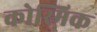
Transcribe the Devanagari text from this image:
कोस्मिक